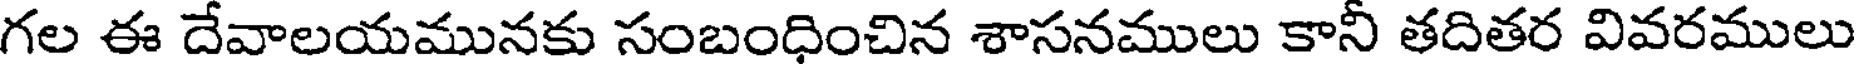
గల ఈ దేవాలయమునకు సంబంధించిన శాసనములు కానీ తదితర వివరములు